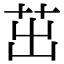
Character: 茁